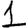
Digit: 1